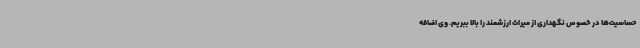
حساسیت‌ها در خصوص نگهداری از میراث ارزشمند را بالا ببریم. وی اضافه